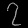
Digit: ၇